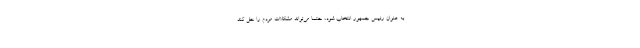
به عنوان رئیس جمهور انتخاب شود، حتماً می‌تواند مشکلات مردم را حل کند.